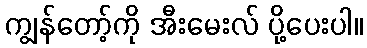
ကျွန်တော့်ကို အီးမေးလ် ပို့ပေးပါ။